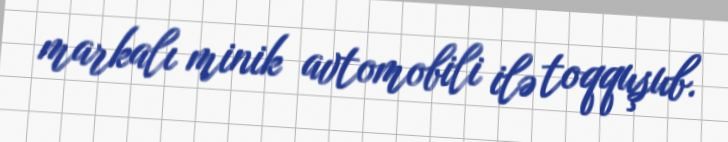
markalı minik avtomobili ilə toqquşub.